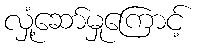
လှုံ့ဆော်မှုကြောင့်